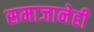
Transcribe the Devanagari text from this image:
समाजानेही